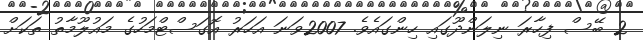
2 ބޭސް ފިހާރަ ނިލަންދޫގައި ހިންގައެވެ. 2007ވަނަ އަހަރު އޮގަސްޓްމަހުގެ މައުލޫމާތު ތަކަށް